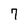
Character: 7